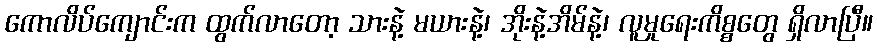
ကောလိပ်ကျောင်းက ထွက်လာတော့ သားနဲ့ မယားနဲ့၊ အိုးနဲ့အိမ်နဲ့၊ လူမှုရေးကိစ္စတွေ ရှိလာပြီ။